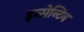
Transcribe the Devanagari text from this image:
इन्सेन्टिव